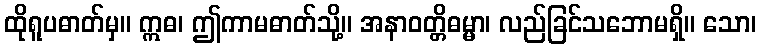
ထိုရူပဓာတ်မှ။ ဣဓ၊ ဤကာမဓာတ်သို့။ အနာဝတ္တိဓမ္မာ၊ လည်ခြင်သဘောမရှိ။ သော၊